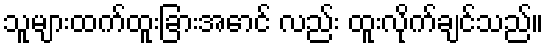
သူများထက်ထူးခြားအောင် လည်း ထူးလိုက်ချင်သည်။